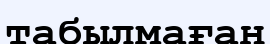
табылмаған